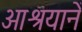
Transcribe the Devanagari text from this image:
आश्रयानें